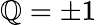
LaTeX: \mathbb{Q}=\pm1